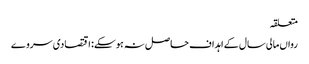
متعلقہ
رواں مالی سال کے اہداف حاصل نہ ہوسکے: اقتصادی سروے